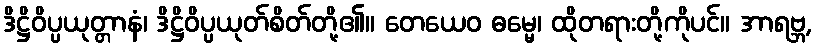
ဒိဋ္ဌိဝိပ္ပယုတ္တာနံ၊ ဒိဋ္ဌိဝိပ္ပယုတ်စိတ်တို့၏။ တေယေဝ ဓမ္မေ၊ ထိုတရားတို့ကိုပင်။ အာရဗ္ဘ,